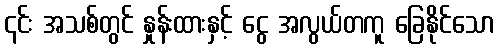
၎င်း အသစ်တွင် နှုန်းထားနှင့် ငွေ အလွယ်တကူ ခြေနိုင်သော